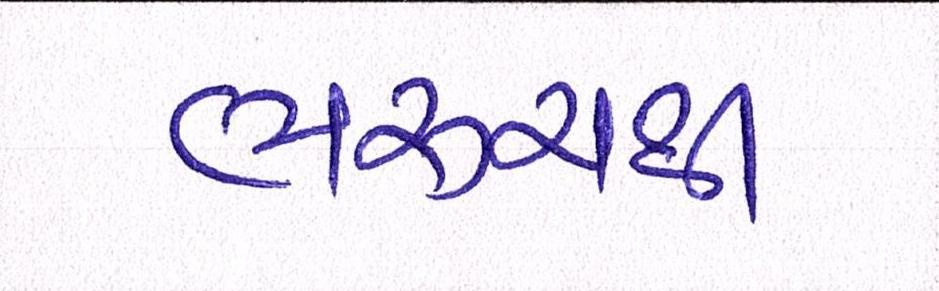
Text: ભરૂચથી